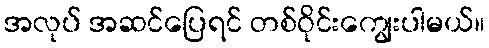
အလုပ် အဆင်ပြေရင် တစ်ဝိုင်းကျွေးပါမယ်။